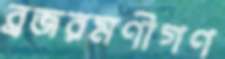
ব্রজরমণীগণ